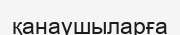
қанаушыларға